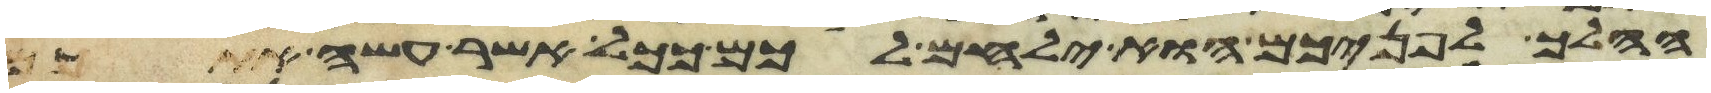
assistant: ההלך לפניכם הוא ילחם לכם ככל אשר עשה אתכם